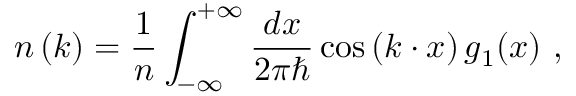
n \left( k \right) = \frac { 1 } { n } \int _ { - \infty } ^ { + \infty } \frac { d x } { 2 \pi \hbar } \cos \left( k \cdot x \right) g _ { 1 } ( x ) \ ,